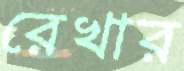
রেখার